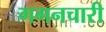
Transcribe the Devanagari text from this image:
गगनचारी